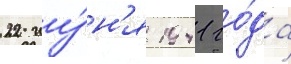
22 иу́н'я 1941 го́да